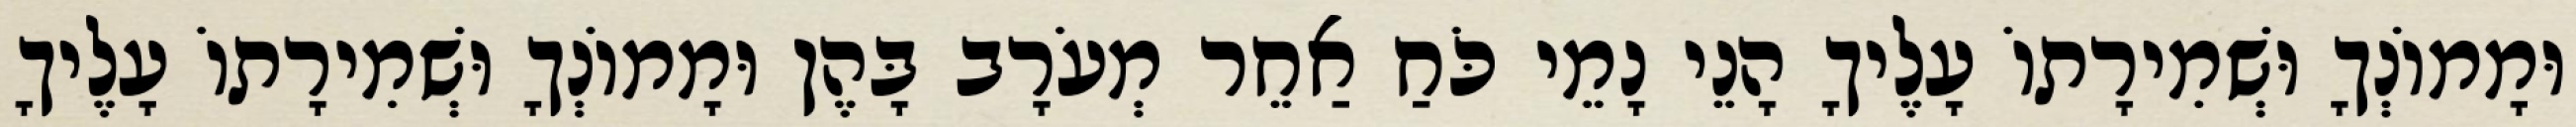
וּמָמוֹנְךָ וּשְׁמִירָתוֹ עָלֶיךָ הָנֵי נָמֵי כֹּחַ אַחֵר מְעֹרָב בָּהֶן וּמָמוֹנְךָ וּשְׁמִירָתוֹ עָלֶיךָ